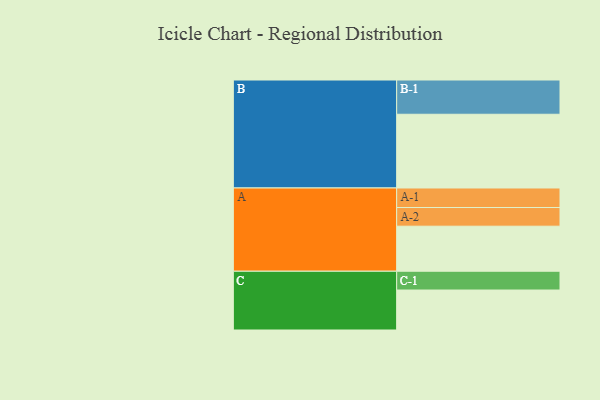
{"axis": {"x": "Segment", "y": "Value"}, "legend": ["", "A", "B", "C"], "data": [{"x": "A", "y": 355, "type": ""}, {"x": "B", "y": 581, "type": ""}, {"x": "C", "y": 315, "type": ""}, {"x": "A-1", "y": 154, "type": "A"}, {"x": "A-2", "y": 147, "type": "A"}, {"x": "B-1", "y": 270, "type": "B"}, {"x": "C-1", "y": 148, "type": "C"}]}